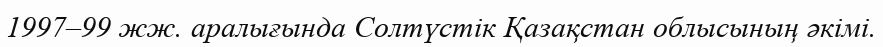
1997–99 жж. аралығында Солтүстік Қазақстан облысының әкімі.